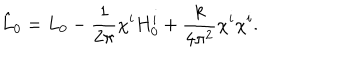
\hat { L } _ { 0 } = L _ { 0 } - \frac { 1 } { 2 \pi } \chi ^ { i } H _ { 0 } ^ { i } + \frac { k } { 4 \pi ^ { 2 } } \chi ^ { i } \chi ^ { i } .